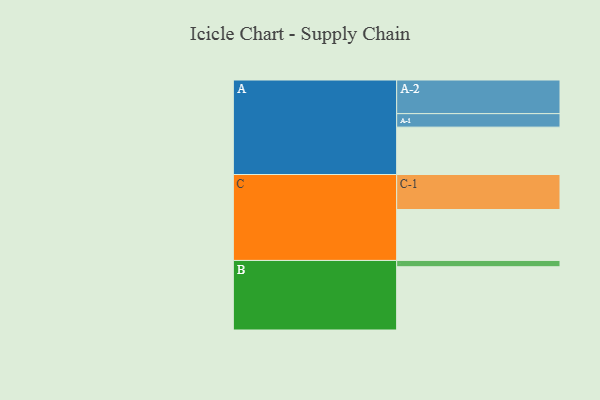
{"axis": {"x": "Segment", "y": "Value"}, "legend": ["", "A", "B", "C"], "data": [{"x": "A", "y": 376, "type": ""}, {"x": "B", "y": 502, "type": ""}, {"x": "C", "y": 404, "type": ""}, {"x": "A-1", "y": 107, "type": "A"}, {"x": "A-2", "y": 267, "type": "A"}, {"x": "B-1", "y": 50, "type": "B"}, {"x": "C-1", "y": 278, "type": "C"}]}